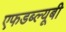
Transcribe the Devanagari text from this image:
एफडब्ल्यूबी